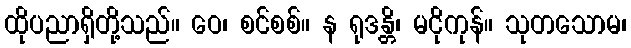
ထိုပညာရှိတို့သည်။ ဝေ၊ စင်စစ်။ န ရုဒန္တိ၊ မငိုကုန်။ သုတသောမ၊